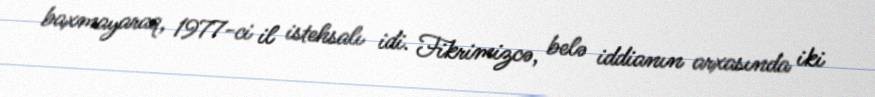
baxmayaraq, 1977-ci il istehsalı idi. Fikrimizcə, belə iddianın arxasında iki